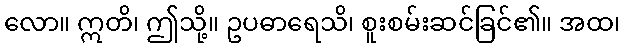
လော။ ဣတိ၊ ဤသို့။ ဥပဓာရေသိ၊ စူးစမ်းဆင်ခြင်၏။ အထ၊